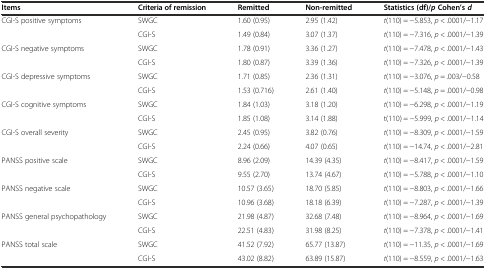
<table><thead><tr><td><b>Items</b></td><td><b>Criteria of remission</b></td><td><b>Remitted</b></td><td><b>Non-remitted</b></td><td><b>Statistics (df)/<i>p</i>Cohen’s<i>d</i></b></td></tr></thead><tbody><tr><td rowspan="2">CGI-S positive symptoms</td><td>SWGC</td><td>1.60 (0.95)</td><td>2.95 (1.42)</td><td><i>t</i>(110) = −5.853, <i>p</i> &lt; .0001/−1.17</td></tr><tr><td>CGI-S</td><td>1.49 (0.84)</td><td>3.07 (1.37)</td><td><i>t</i>(110) = −7.316, <i>p</i> &lt; .0001/−1.39</td></tr><tr><td rowspan="2">CGI-S negative symptoms</td><td>SWGC</td><td>1.78 (0.91)</td><td>3.36 (1.27)</td><td><i>t</i>(110) = −7.478, <i>p</i> &lt; .0001/−1.43</td></tr><tr><td>CGI-S</td><td>1.80 (0.87)</td><td>3.39 (1.36)</td><td><i>t</i>(110) = −7.326, <i>p</i> &lt; .0001/−1.39</td></tr><tr><td rowspan="2">CGI-S depressive symptoms</td><td>SWGC</td><td>1.71 (0.85)</td><td>2.36 (1.31)</td><td><i>t</i>(110) = −3.076, <i>p</i> = .003/−0.58</td></tr><tr><td>CGI-S</td><td>1.53 (0.716)</td><td>2.61 (1.40)</td><td><i>t</i>(110) = −5.148, <i>p</i> = .0001/−0.98</td></tr><tr><td rowspan="2">CGI-S cognitive symptoms</td><td>SWGC</td><td>1.84 (1.03)</td><td>3.18 (1.20)</td><td><i>t</i>(110) = −6.298, <i>p</i> &lt; .0001/−1.19</td></tr><tr><td>CGI-S</td><td>1.85 (1.08)</td><td>3.14 (1.88)</td><td>t(110) = −5.999, <i>p</i> &lt; .0001/−1.14</td></tr><tr><td rowspan="2">CGI-S overall severity</td><td>SWGC</td><td>2.45 (0.95)</td><td>3.82 (0.76)</td><td><i>t</i>(110) = −8.309, <i>p</i> &lt; .0001/−1.59</td></tr><tr><td>CGI-S</td><td>2.24 (0.66)</td><td>4.07 (0.65)</td><td><i>t</i>(110) = −14.74, <i>p</i> &lt; .0001/−2.81</td></tr><tr><td rowspan="2">PANSS positive scale</td><td>SWGC</td><td>8.96 (2.09)</td><td>14.39 (4.35)</td><td><i>t</i>(110) = −8.417, <i>p</i> &lt; .0001/−1.59</td></tr><tr><td>CGI-S</td><td>9.55 (2.70)</td><td>13.74 (4.67)</td><td><i>t</i>(110) = −5.788, <i>p</i> &lt; .0001/−1.10</td></tr><tr><td rowspan="2">PANSS negative scale</td><td>SWGC</td><td>10.57 (3.65)</td><td>18.70 (5.85)</td><td><i>t</i>(110) = −8.803, <i>p</i> &lt; .0001/−1.66</td></tr><tr><td>CGI-S</td><td>10.96 (3.68)</td><td>18.18 (6.39)</td><td><i>t</i>(110) = −7.287, <i>p</i> &lt; .0001/−1.39</td></tr><tr><td rowspan="2">PANSS general psychopathology</td><td>SWGC</td><td>21.98 (4.87)</td><td>32.68 (7.48)</td><td><i>t</i>(110) = −8.964, <i>p</i> &lt; .0001/−1.69</td></tr><tr><td>CGI-S</td><td>22.51 (4.83)</td><td>31.98 (8.25)</td><td><i>t</i>(110) = −7.378, <i>p</i> &lt; .0001/−1.41</td></tr><tr><td rowspan="2">PANSS total scale</td><td>SWGC</td><td>41.52 (7.92)</td><td>65.77 (13.87)</td><td><i>t</i>(110) = −11.35, <i>p</i> &lt; .0001/−1.69</td></tr><tr><td>CGI-S</td><td>43.02 (8.82)</td><td>63.89 (15.87)</td><td><i>t</i>(110) = −8.559, <i>p</i> &lt; .0001/−1.63</td></tr></tbody></table>